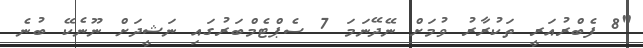
"8 ފެބްރުއަރީ ތަކުރާރު ވުމަށް ނޭދޭނަމަ 7 ސެޕްޓެމްބަރުގައި ނަޝީދަށް ނޫނެކޭ ބުނެ